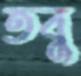
তবু